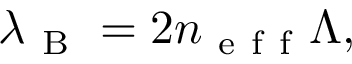
\lambda _ { \mathrm { ~ B ~ } } = 2 n _ { \mathrm { ~ e ~ f ~ f ~ } } \Lambda ,